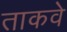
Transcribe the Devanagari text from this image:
ताकवे